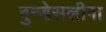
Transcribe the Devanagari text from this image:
बुन्डेसलीगा